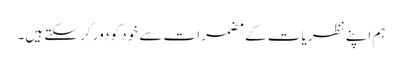
ہم اپنے نظریات کے مضمرات سے خود کو دور کر سکتے ہیں۔